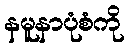
နမူနာပုံစံကို